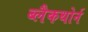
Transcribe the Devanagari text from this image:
ब्लैकथोर्न